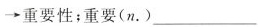
\rightarrow重要性；重要(n.)___